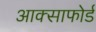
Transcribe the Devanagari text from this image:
आक्साफोर्ड